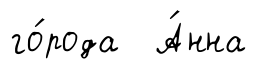
го́рода А́нна